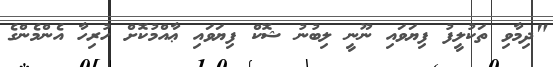
"ދިމާވި ތަކުލީފު ފިޔަވައި ނޫނީ ލިބުނު ޝޮކް ފިޔަވައި ޢާއްމުކޮށް ހުރިހާ އެންމެންގެ